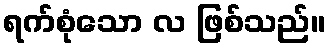
ရက်စုံသော လ ဖြစ်သည်။